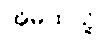
အိမ်ထဲသို့